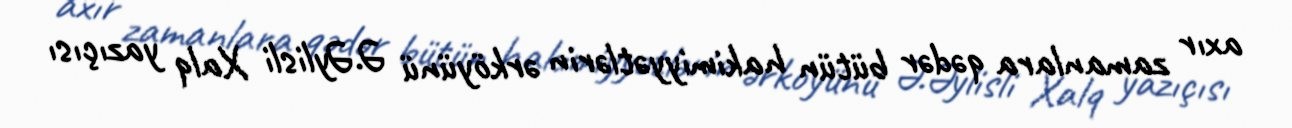
axır zamanlara qədər bütün hakimiyyətlərin ərköyünü Ə.Əylisli Xalq yazıçısı